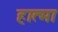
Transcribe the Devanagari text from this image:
हात्मा